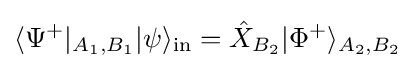
\langle \Psi ^{+}|_{A_{1},B_{1}}|\psi \rangle _{\rm {in}}={\hat {X}}_{B_{2}}|\Phi ^{+}\rangle _{A_{2},B_{2}}